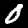
Label: 0